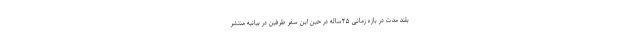
بلند مدت در بازه زمانی ۲۵ساله در حین این سفر طرفین در بیانیه منتشر